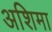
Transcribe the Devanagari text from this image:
अशिमा